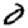
Digit: 0